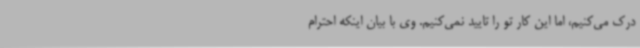
درک می‌کنیم، اما این کار تو را تایید نمی‌کنیم. وی با بیان اینکه احترام